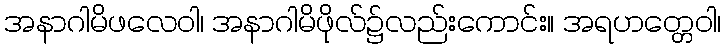
အနာဂါမိဖလေဝါ၊ အနာဂါမိဖိုလ်၌လည်းကောင်း။ အရဟတ္တေဝါ၊